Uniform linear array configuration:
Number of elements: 64
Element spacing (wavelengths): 0.25
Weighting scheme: hann
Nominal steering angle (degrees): -15
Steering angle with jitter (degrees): -13.023
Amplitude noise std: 0.05
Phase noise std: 0.05

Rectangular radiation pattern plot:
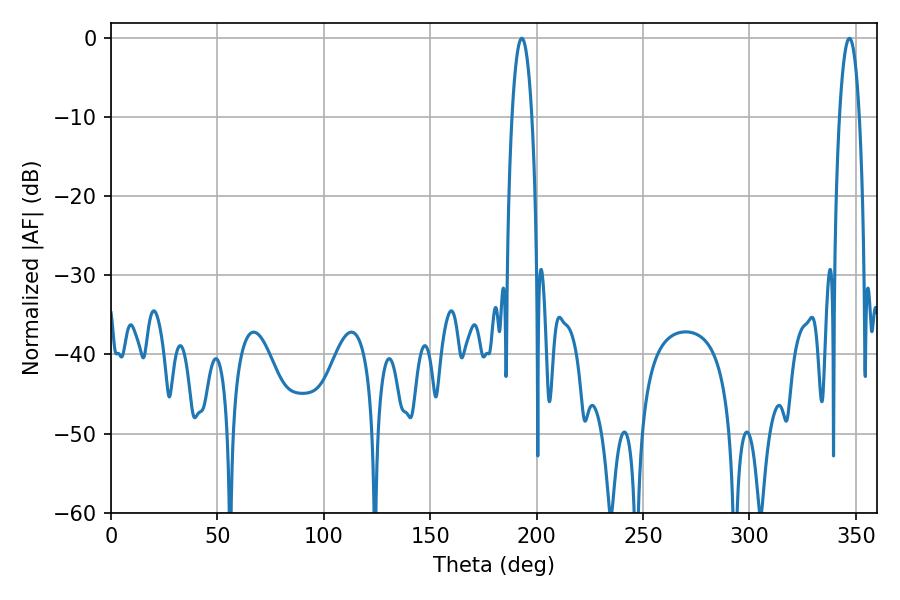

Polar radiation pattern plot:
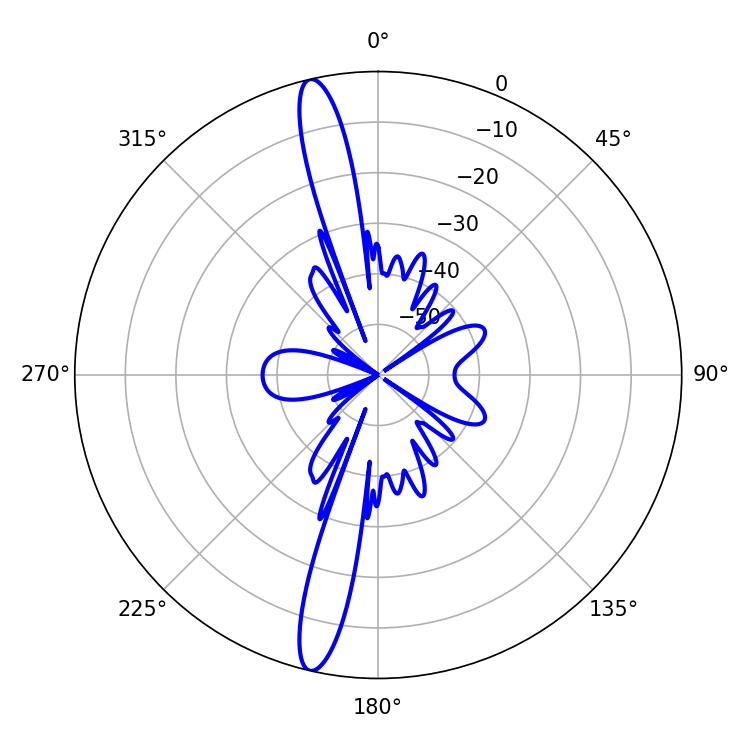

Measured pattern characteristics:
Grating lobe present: FALSE
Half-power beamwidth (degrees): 5.22
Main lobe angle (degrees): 192.96